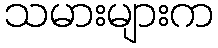
သမားများက